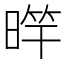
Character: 𣈨